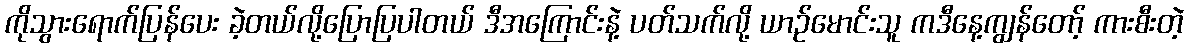
ကိုသွားရောက်ပြန်ပေး ခဲ့တယ်လို့ပြောပြပါတယ် ဒီအကြောင်းနဲ့ ပတ်သက်လို့ ယာဉ်မောင်းသူ ကဒီနေ့ကျွန်တော့် ကားစီးတဲ့